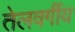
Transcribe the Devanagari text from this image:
तेलवर्गीय